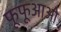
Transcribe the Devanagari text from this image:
फूफूआओ